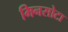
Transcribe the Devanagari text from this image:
मिनसोटा